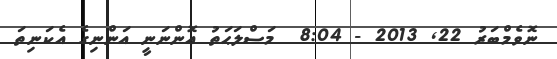
ނޮވެމްބަރު 22